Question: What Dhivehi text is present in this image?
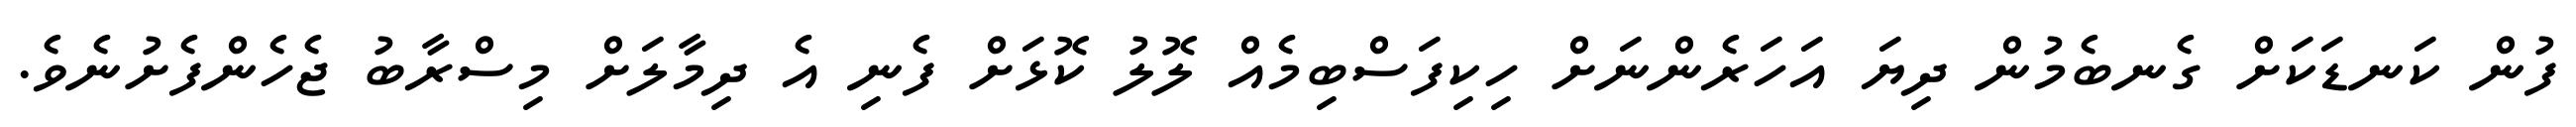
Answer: ފުން ކަނޑަކަށް ގެނބެމުން ދިޔަ އަހަރެންނަށް ހިކިފަސްބިމެއް ލޮލު ކޮޅަށް ފެނި އެ ދިމާލަށް މިސްރާބު ޖެހެންފެށުނެވެ.